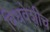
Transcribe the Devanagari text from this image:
विधवेशीच